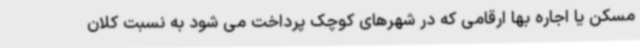
مسکن یا اجاره بها ارقامی که در شهرهای کوچک پرداخت می شود به نسبت کلان